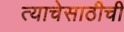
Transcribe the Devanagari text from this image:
त्याचेसाठीची